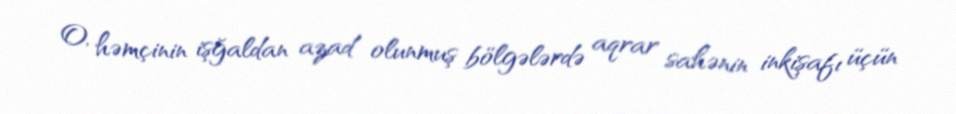
O, həmçinin işğaldan azad olunmuş bölgələrdə aqrar sahənin inkişafı üçün